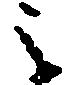
被